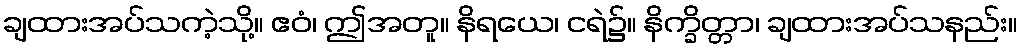
ချထားအပ်သကဲ့သို့။ ဧဝံ၊ ဤအတူ။ နိရယေ၊ ငရဲ၌။ နိက္ခိတ္တာ၊ ချထားအပ်သနည်း။